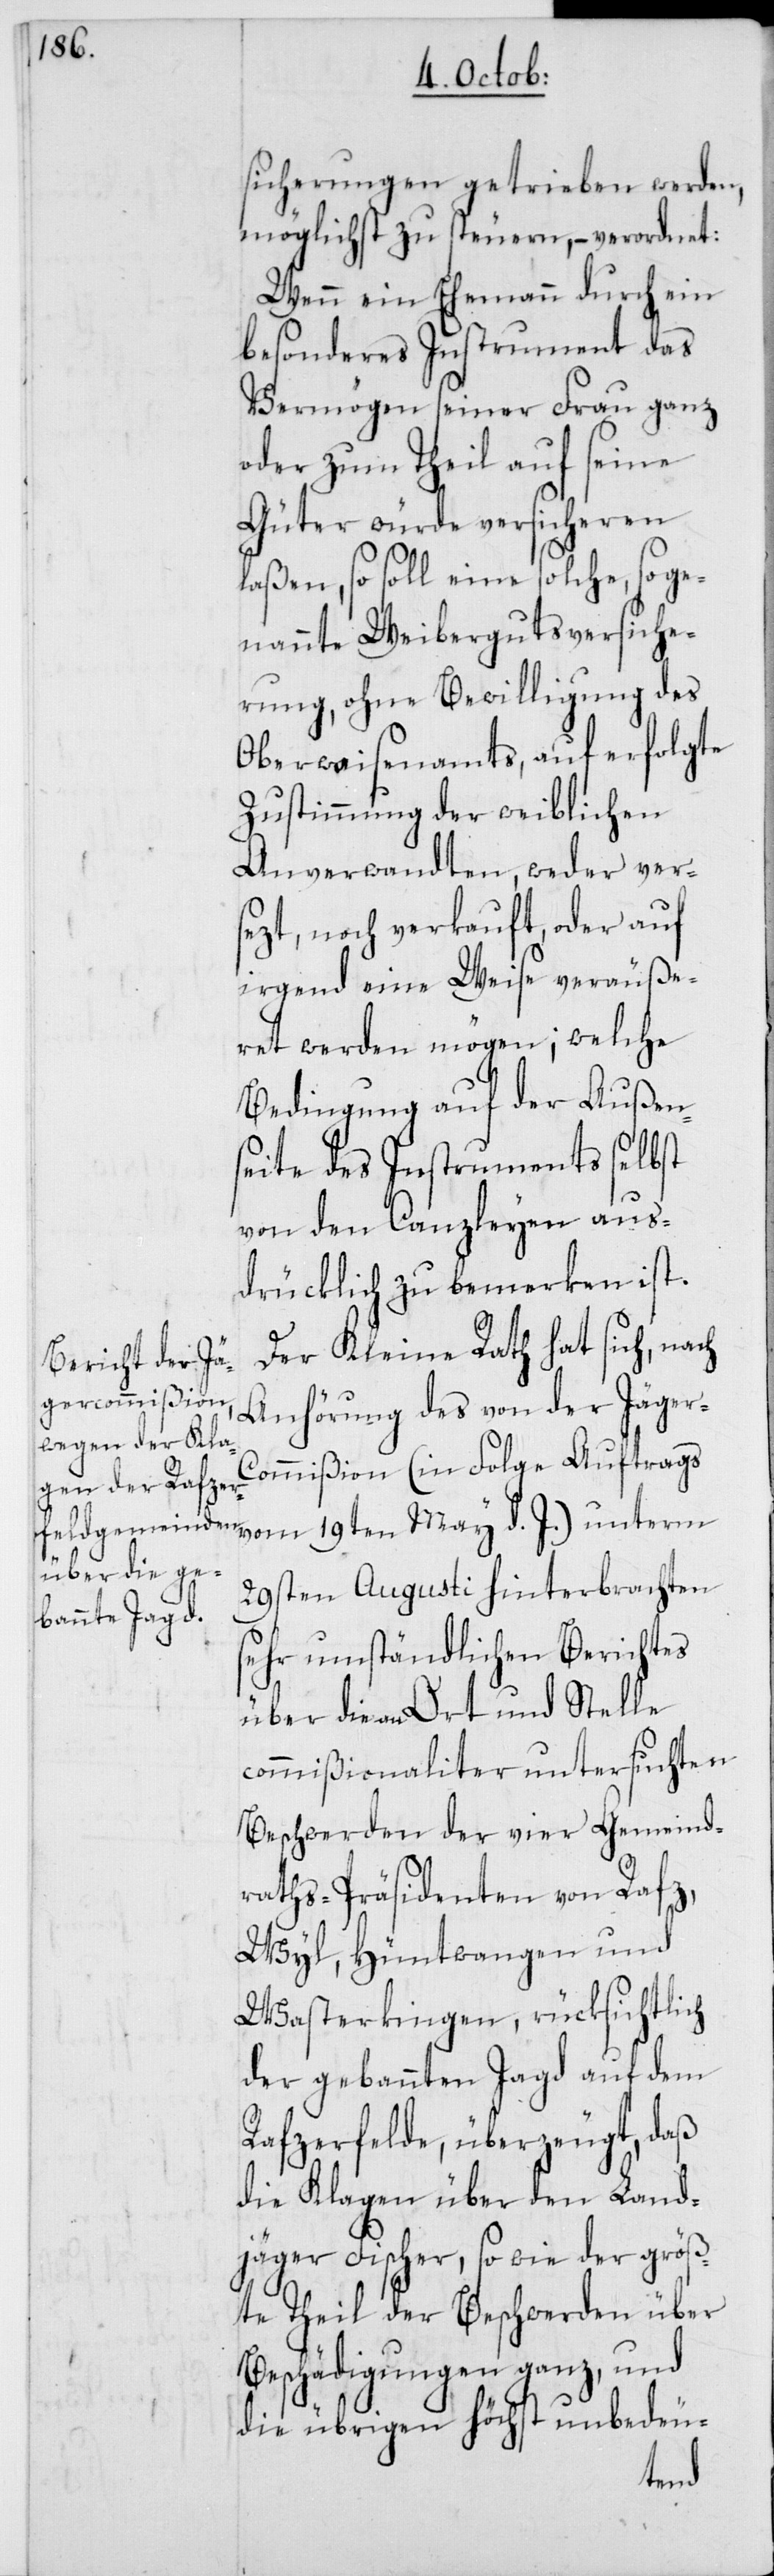
sicherungen getrieben werden,
möglichst zu steuern, – verordnet:
Wenn ein Ehemann durch ein
besonderes Instrument das
Vermögen seiner Frau ganz
oder zum Theil auf seine
Güter würde versicheren
laßen, so soll eine solche, soge¬
nannte Weibergutsversiche¬
rung, ohne Bewilligung des
Oberwaisenamts, auf erfolgte
Zustimmung der weiblichen
Anverwandten, weder ver¬
sezt, noch verkauft, oder auf
irgend eine Weise veräuße¬
ret werden mögen; welche
Bedingung auf der Außen¬
seite des Instruments selbst
von den Canzleyen aus¬
drücklich zu bemerken ist.
Der Kleine Rath hat sich, nach
Anhörung des von der Jäger-C¬
ommißion (in Folge Auftrags
29sten Augusti hinterbrachten
sehr umständlichen Berichtes
über die an Ort und Stelle
commißionaliter untersuchten
Beschwerden der vier Gemeind¬
raths-Präsidenten von Rafz,
Wyl, Hüntwangen und
Wasterkingen, rücksichtlich
der gebannten Jagd auf dem
Rafzerfelde, überzeugt, daß
die Klagen über den Land¬
jäger Fischer, so wie der größ¬
te Theil der Beschwerden über
Beschädigungen ganz, und
die übrigen höchst unbedeu-